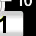
Digit: 1